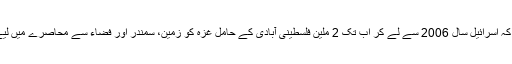
واضح رہے کہ اسرائیل سال 2006 سے لے کر اب تک 2 ملین فلسطینی آبادی کے حامل غزہ کو زمین، سمندر اور فضاء سے محاصرے میں لیے ہوئے ہے۔